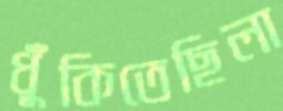
ধুঁকিতেছিলা